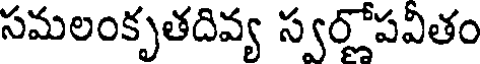
సమలంకృతదివ్య స్వర్లోపవీతం